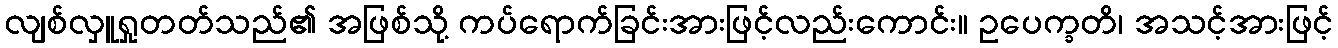
လျစ်လှူရှုတတ်သည်၏ အဖြစ်သို့ ကပ်ရောက်ခြင်းအားဖြင့်လည်းကောင်း။ ဥပေက္ခတိ၊ အသင့်အားဖြင့်